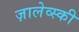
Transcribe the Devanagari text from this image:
ज़ालेव्स्की